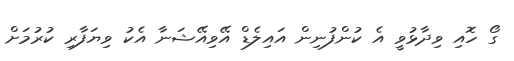
ގޯ ހޮއި ވިދާޅުވީ އެ ކުންފުނިން އައިލެޑް އޭވިއޭޝަނާ އެކު ވިޔަފާރި ކުރުމަށް